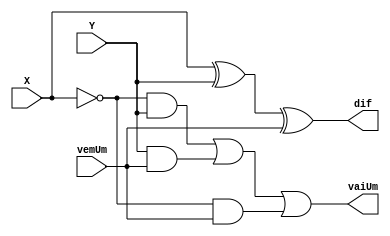
`timescale 1ns/1ns

module full_sub_1_bit (input wire X, Y, vemUm, output wire dif, vaiUm);
    
    assign dif = X ^ Y ^ vemUm;
    assign vaiUm = (~X&Y) | (Y & vemUm) | (~X & vemUm);

endmodule